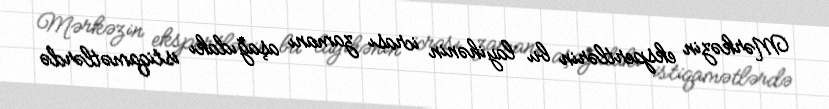
Mərkəzin ekspertlərin bu layihənin icrası zamanı aşağıdakı istiqamətlərdə